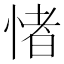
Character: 㥩